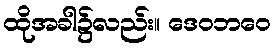
ထိုအခါ၌လည်း။ ဒေဝဘဝေ